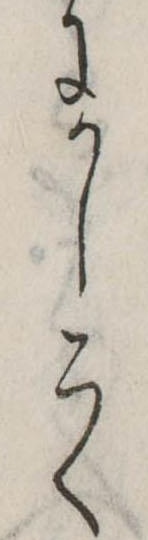
にかしこく